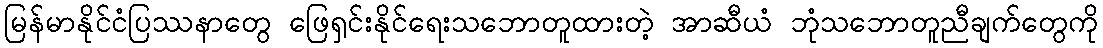
မြန်မာနိုင်ငံပြဿနာတွေ ဖြေရှင်းနိုင်ရေးသဘောတူထားတဲ့ အာဆီယံ ဘုံသဘောတူညီချက်တွေကို